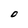
Character: O